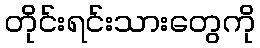
တိုင်းရင်းသားတွေကို